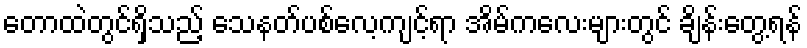
တောထဲတွင်ရှိသည့် သေနတ်ပစ်လေ့ကျင့်ရာ အိမ်ကလေးများတွင် ချိန်းတွေ့ရန်